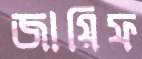
জায়িফ